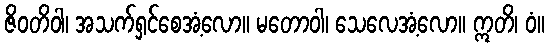
ဇိဝတိဝါ၊ အသက်ရှင်စေအံ့လော။ မတောဝါ၊ သေလေအံ့လော။ ဣတိ၊ ဝံ။